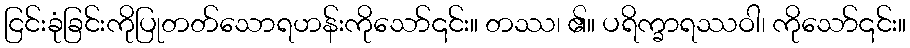
ငြင်းခုံခြင်းကိုပြုတတ်သောရဟန်းကိုသော်၎င်း။ တဿ၊ ၏။ ပရိက္ခာရဿဝါ၊ ကိုသော်၎င်း။